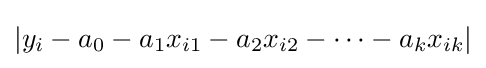
|y_{i}-a_{0}-a_{1}x_{i1}-a_{2}x_{i2}-\cdots -a_{k}x_{ik}|